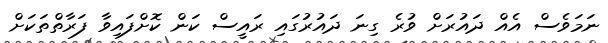
ނަމަވެސް އެއް ދައުރަށް ވުރެ ގިނަ ދައުރުގައި ރައީސް ކަން ކޮށްފައިވާ ފަރާތްތަކަށް